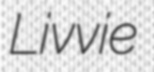
Livvie